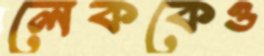
লেককেও